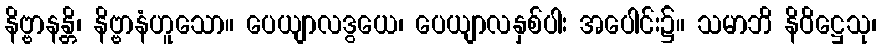
နိဗ္ဗာနန္တိ၊ နိဗ္ဗာနံဟူသော။ ပေယျာလဒွယေ၊ ပေယျာလနှစ်ပါး အပေါင်း၌။ သမာဘိ နိဝိဋ္ဌေသု၊